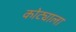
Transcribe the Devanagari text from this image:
कोट्याला